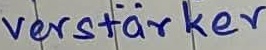
Text: verstärker